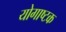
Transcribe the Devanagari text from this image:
योगाष्टक